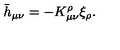
\bar { h } _ { \mu \nu } = - K _ { \mu \nu } ^ { \rho } \xi _ { \rho } .